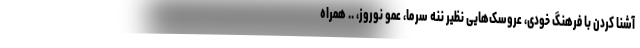
آشنا کردن با فرهنگ خودی، عروسک‌هایی نظیر ننه سرما، عمو نوروز، .. همراه